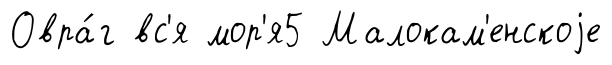
Овра́г вс'я мор'я5 Малокам'енскоjе